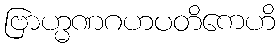
ဗြာဟ္မဏဂဟပတိကေဟိ